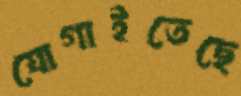
যোগাইতেছে